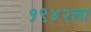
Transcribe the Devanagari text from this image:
१९४२ला